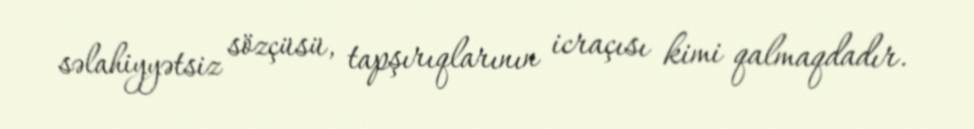
səlahiyyətsiz sözçüsü, tapşırıqlarının icraçısı kimi qalmaqdadır.